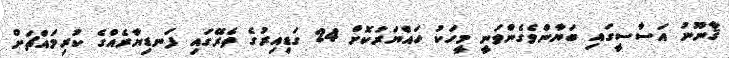
ޤާނޫނު އަސާސީގައި ބަޔާންވެގެންވަނީ މީހަކު ހައްޔަރުކޮށް 24 ގަޑިއިރުގެ ތެރޭގައި ފަނޑިޔާރެއްގެ ކުރިމައްޗަށް